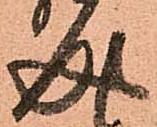
成